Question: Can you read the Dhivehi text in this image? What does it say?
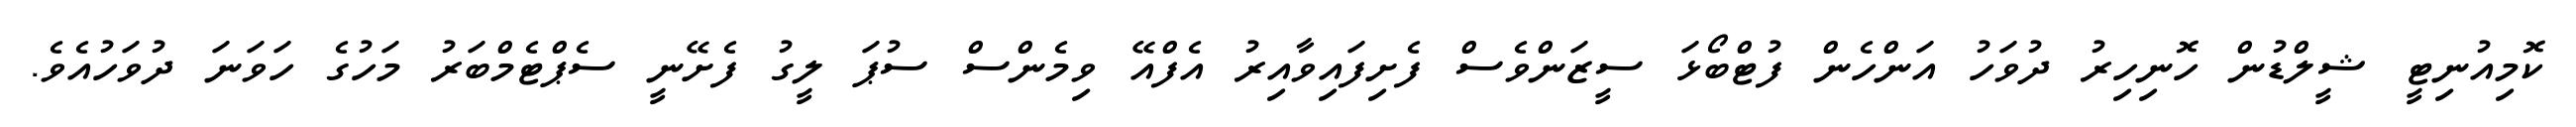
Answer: ކޮމިއުނިޓީ ޝީލްޑުން ހޮނިހިރު ދުވަހު އަންހެން ފުޓްބޯޅަ ސީޒަންވެސް ފެށިފައިވާއިރު އެފްއޭ ވިމެންސް ސުޕަ ލީގު ފެށޭނީ ސެޕްޓެމްބަރު މަހުގެ ހަވަނަ ދުވަހުއެވެ.